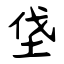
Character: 垡